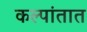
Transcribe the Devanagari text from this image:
कल्पांतात